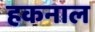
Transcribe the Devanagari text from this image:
हकनाल